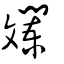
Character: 斕